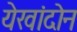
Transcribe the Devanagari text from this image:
येखांदोन